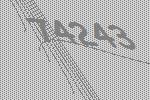
74243